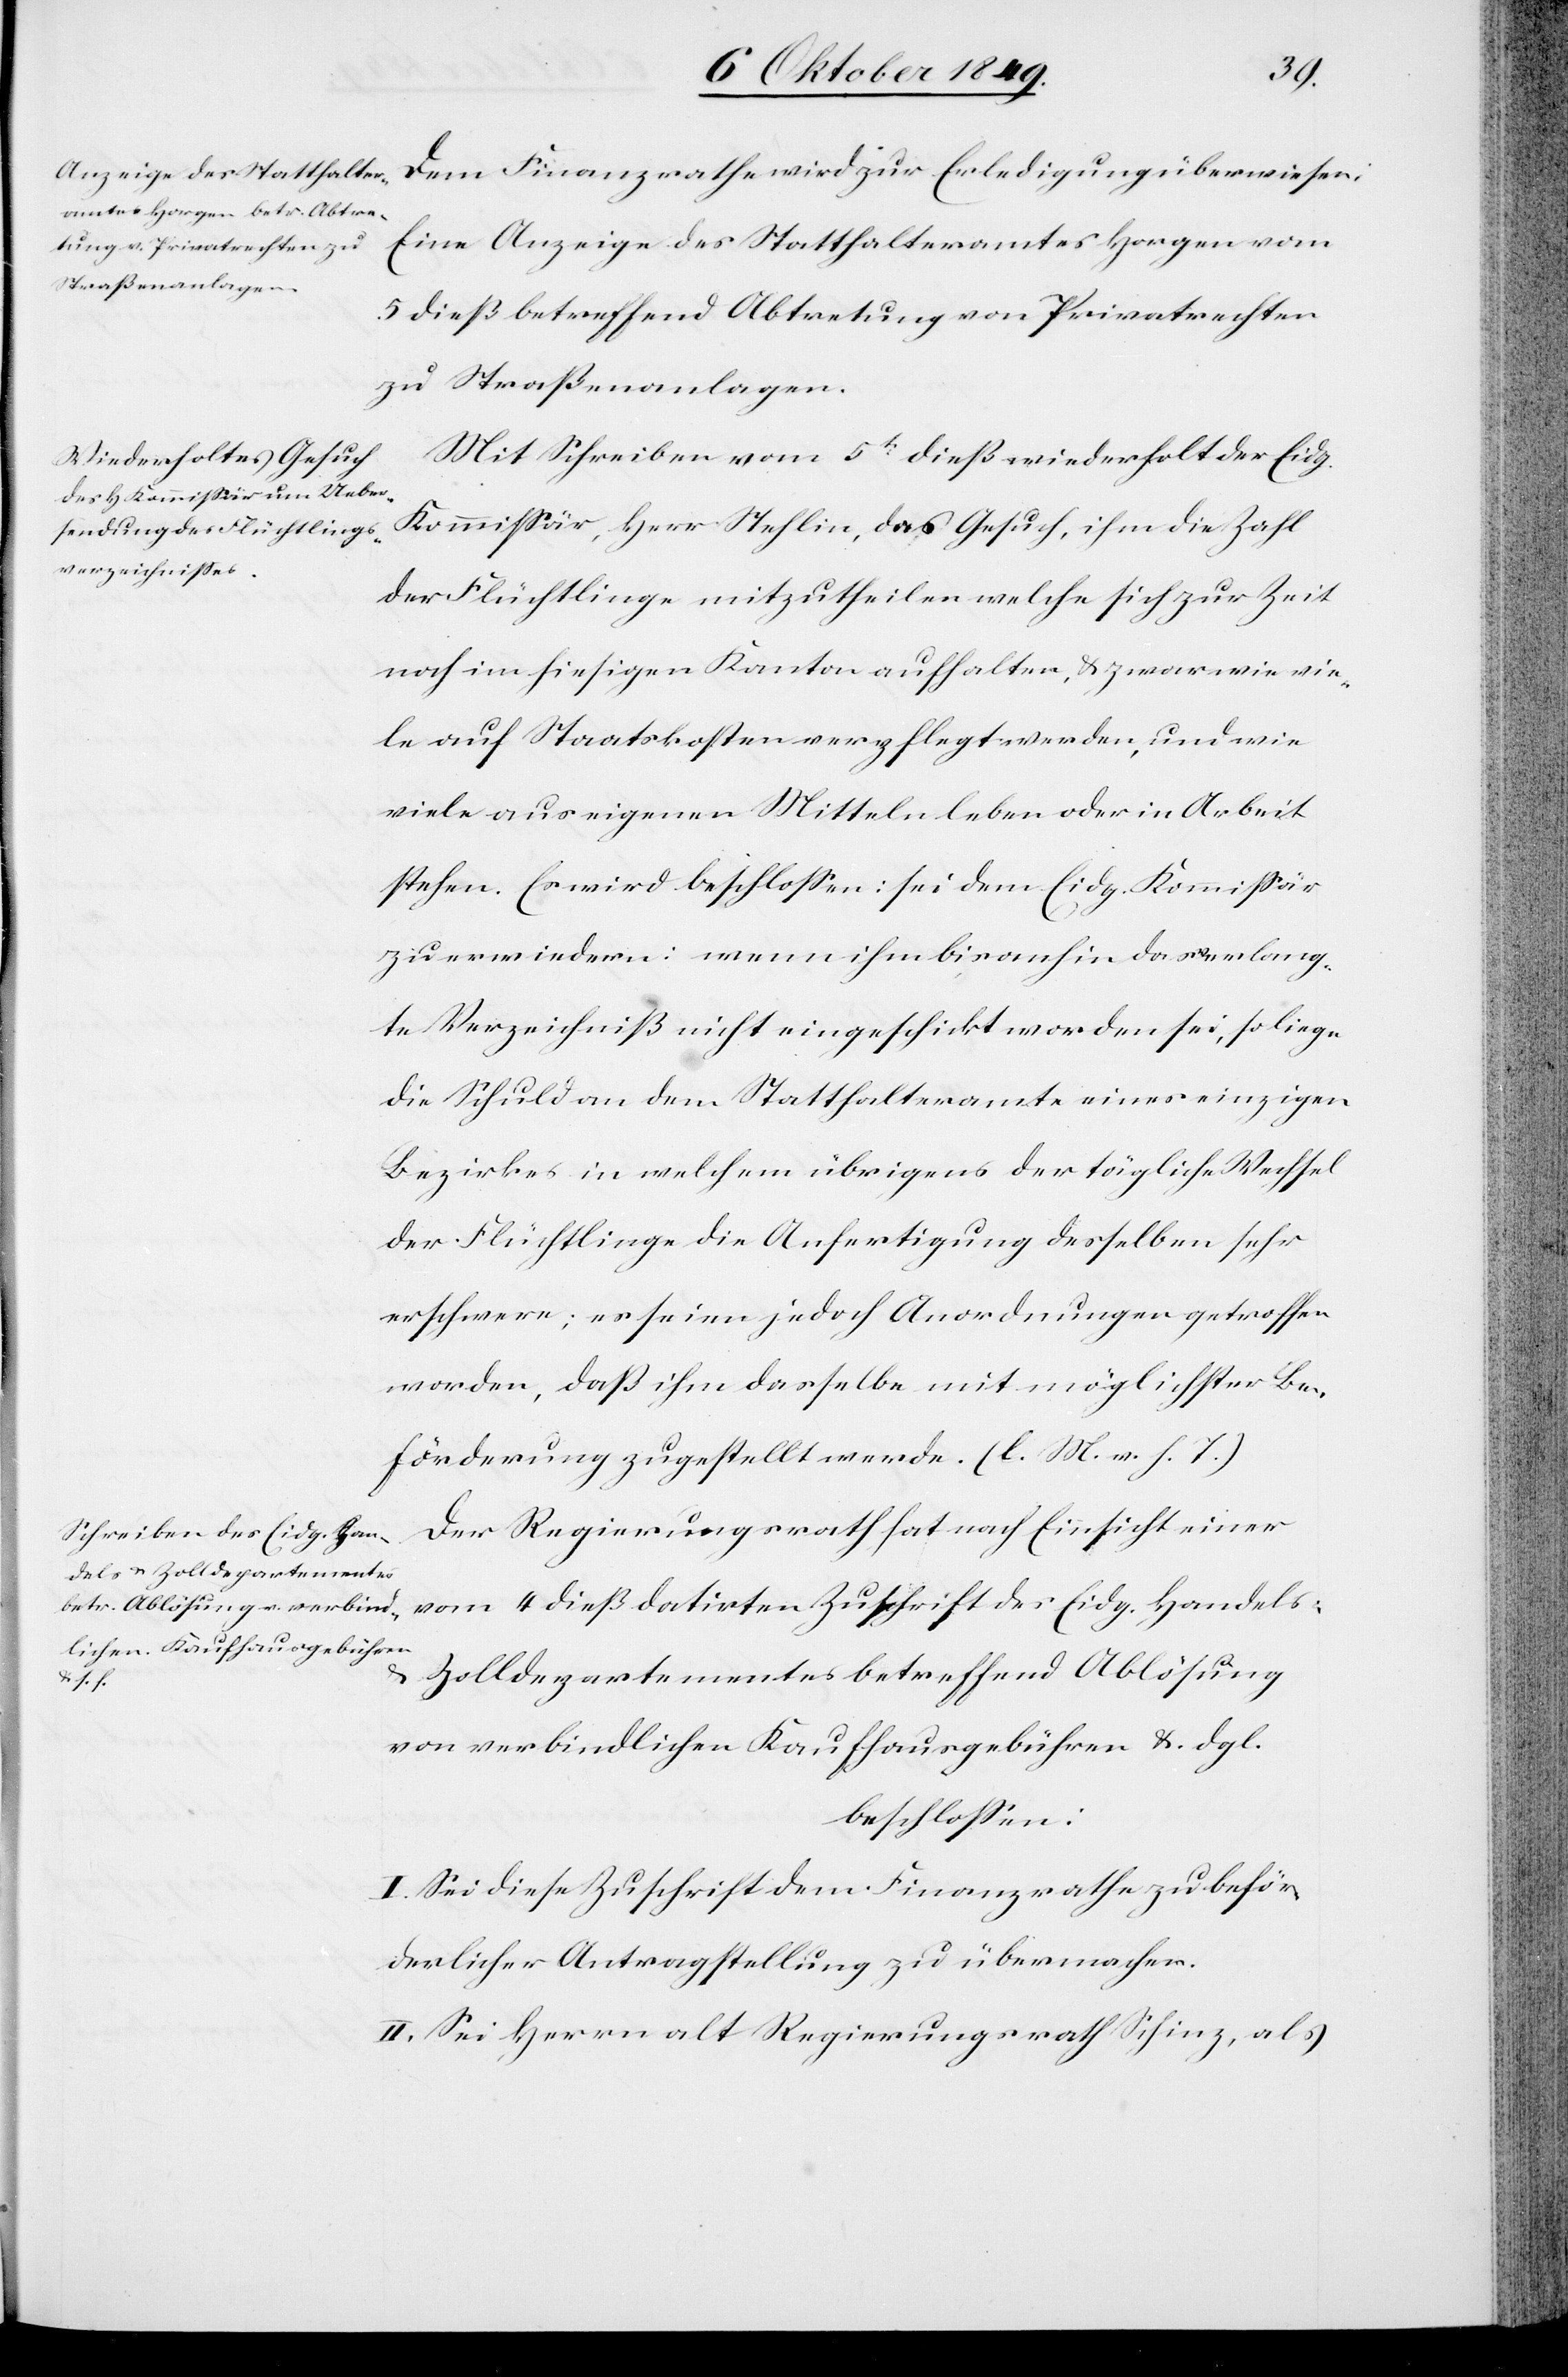
Eine Anzeige des Statthalteramtes Horgen vom
5 dieß betreffend Abtretung von Privatrechten
zu Straßenanlagen.
Mit Schreiben vom 5t dieß wiederholt der Eidg.
Kommißär, Herr Stehlin, das Gesuch, ihm die Zahl
der Flüchtlinge mitzutheilen welche sich zur Zeit
noch im hiesigen Kanton aufhalten, u. zwar wie vie¬
le auf Staatskosten verpflegt werden, und wie
viele aus eigenen Mitteln leben oder in Arbeit
stehen. Es wird beschloßen: sei dem Eidg. Kommißär
zu erwiedern: wenn ihm bisanhin das verlang¬
te Verzeichniß nicht eingeschickt worden sei, so liege
die Schuld an dem Statthalteramte eines einzigen
Bezirkes in welchem übrigens der tägliche Wechsel
der Flüchtlinge die Anfertigung desselben sehr
erschweren; es seien jedoch Anordnungen getroffen
worden, daß ihm dasselbe mit möglichster Be¬
förderung zugestellt werde. [l. M. v. h. T]
Der Regierungsrath hat nach Einsicht einer
vom 4 dieß datirten Zuschrift des Eidg. Handels-
u. Zolldepartementes betreffend Ablösung
von verbindlichen Kaufhausgebühren u. dgl.
beschloßen:
I. Sei diese Zuschrift dem Finanzrathe zu beför¬
derlicher Antragstellung zu übermachen.
II. Sei Herrn alt Regierungsrath Schinz, als